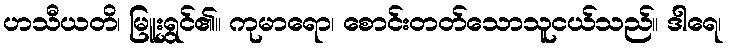
ဟသီယတိ၊ မြူးရွှင်၏။ ကုမာရော၊ စောင်းတတ်သောသူငယ်သည်။ ဒါရေ၊